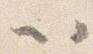
以